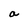
Character: a